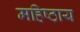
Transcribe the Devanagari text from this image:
महिष्ठाय